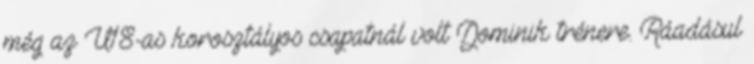
még az U18-as korosztályos csapatnál volt Dominik trénere. Ráadásul